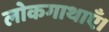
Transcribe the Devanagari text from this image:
लोकगाथाएँ।